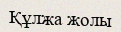
Құлжа жолы